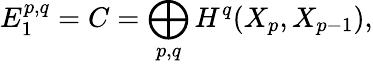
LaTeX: E_{1}^{p,q}=C=\bigoplus_{p,q}H^{q}(X_{p},X_{p-1}),